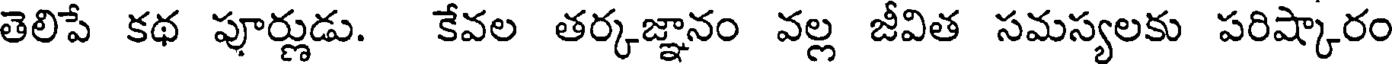
తెలిపే కథ పూర్ణుడు. కేవల తర్కజ్ఞానం వల్ల జీవిత సమస్యలకు పరిష్కారం